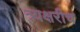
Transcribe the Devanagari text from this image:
त्र्यक्षरीच